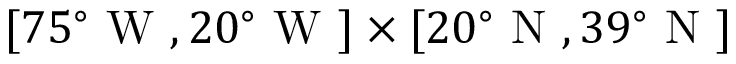
[ 7 5 ^ { \circ } \mathrm { ~ W ~ } , 2 0 ^ { \circ } \mathrm { ~ W ~ } ] \times [ 2 0 ^ { \circ } \mathrm { ~ N ~ } , 3 9 ^ { \circ } \mathrm { ~ N ~ } ]